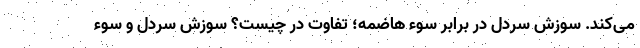
می‌کند. سوزش سردل در برابر سوء هاضمه؛ تفاوت در چیست؟ سوزش سردل و سوء